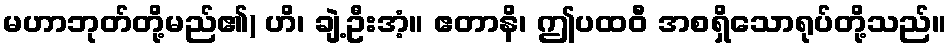
မဟာဘုတ်တို့မည်၏) ဟိ၊ ချဲ့ဦးအံ့။ ဧတာနိ၊ ဤပထဝီ အစရှိသောရုပ်တို့သည်။